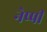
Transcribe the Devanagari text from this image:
नेप्पी